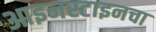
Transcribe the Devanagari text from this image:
आइनस्टाइनचा